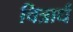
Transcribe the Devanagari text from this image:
चित्रार्ध